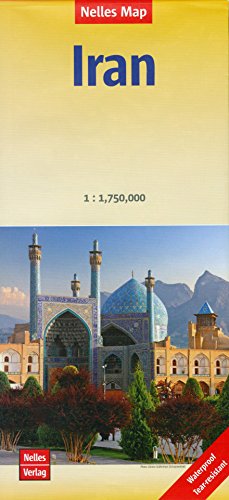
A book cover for Iran 1:1,750,000 Travel Map, waterproof NELLES; Nelles; Travel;